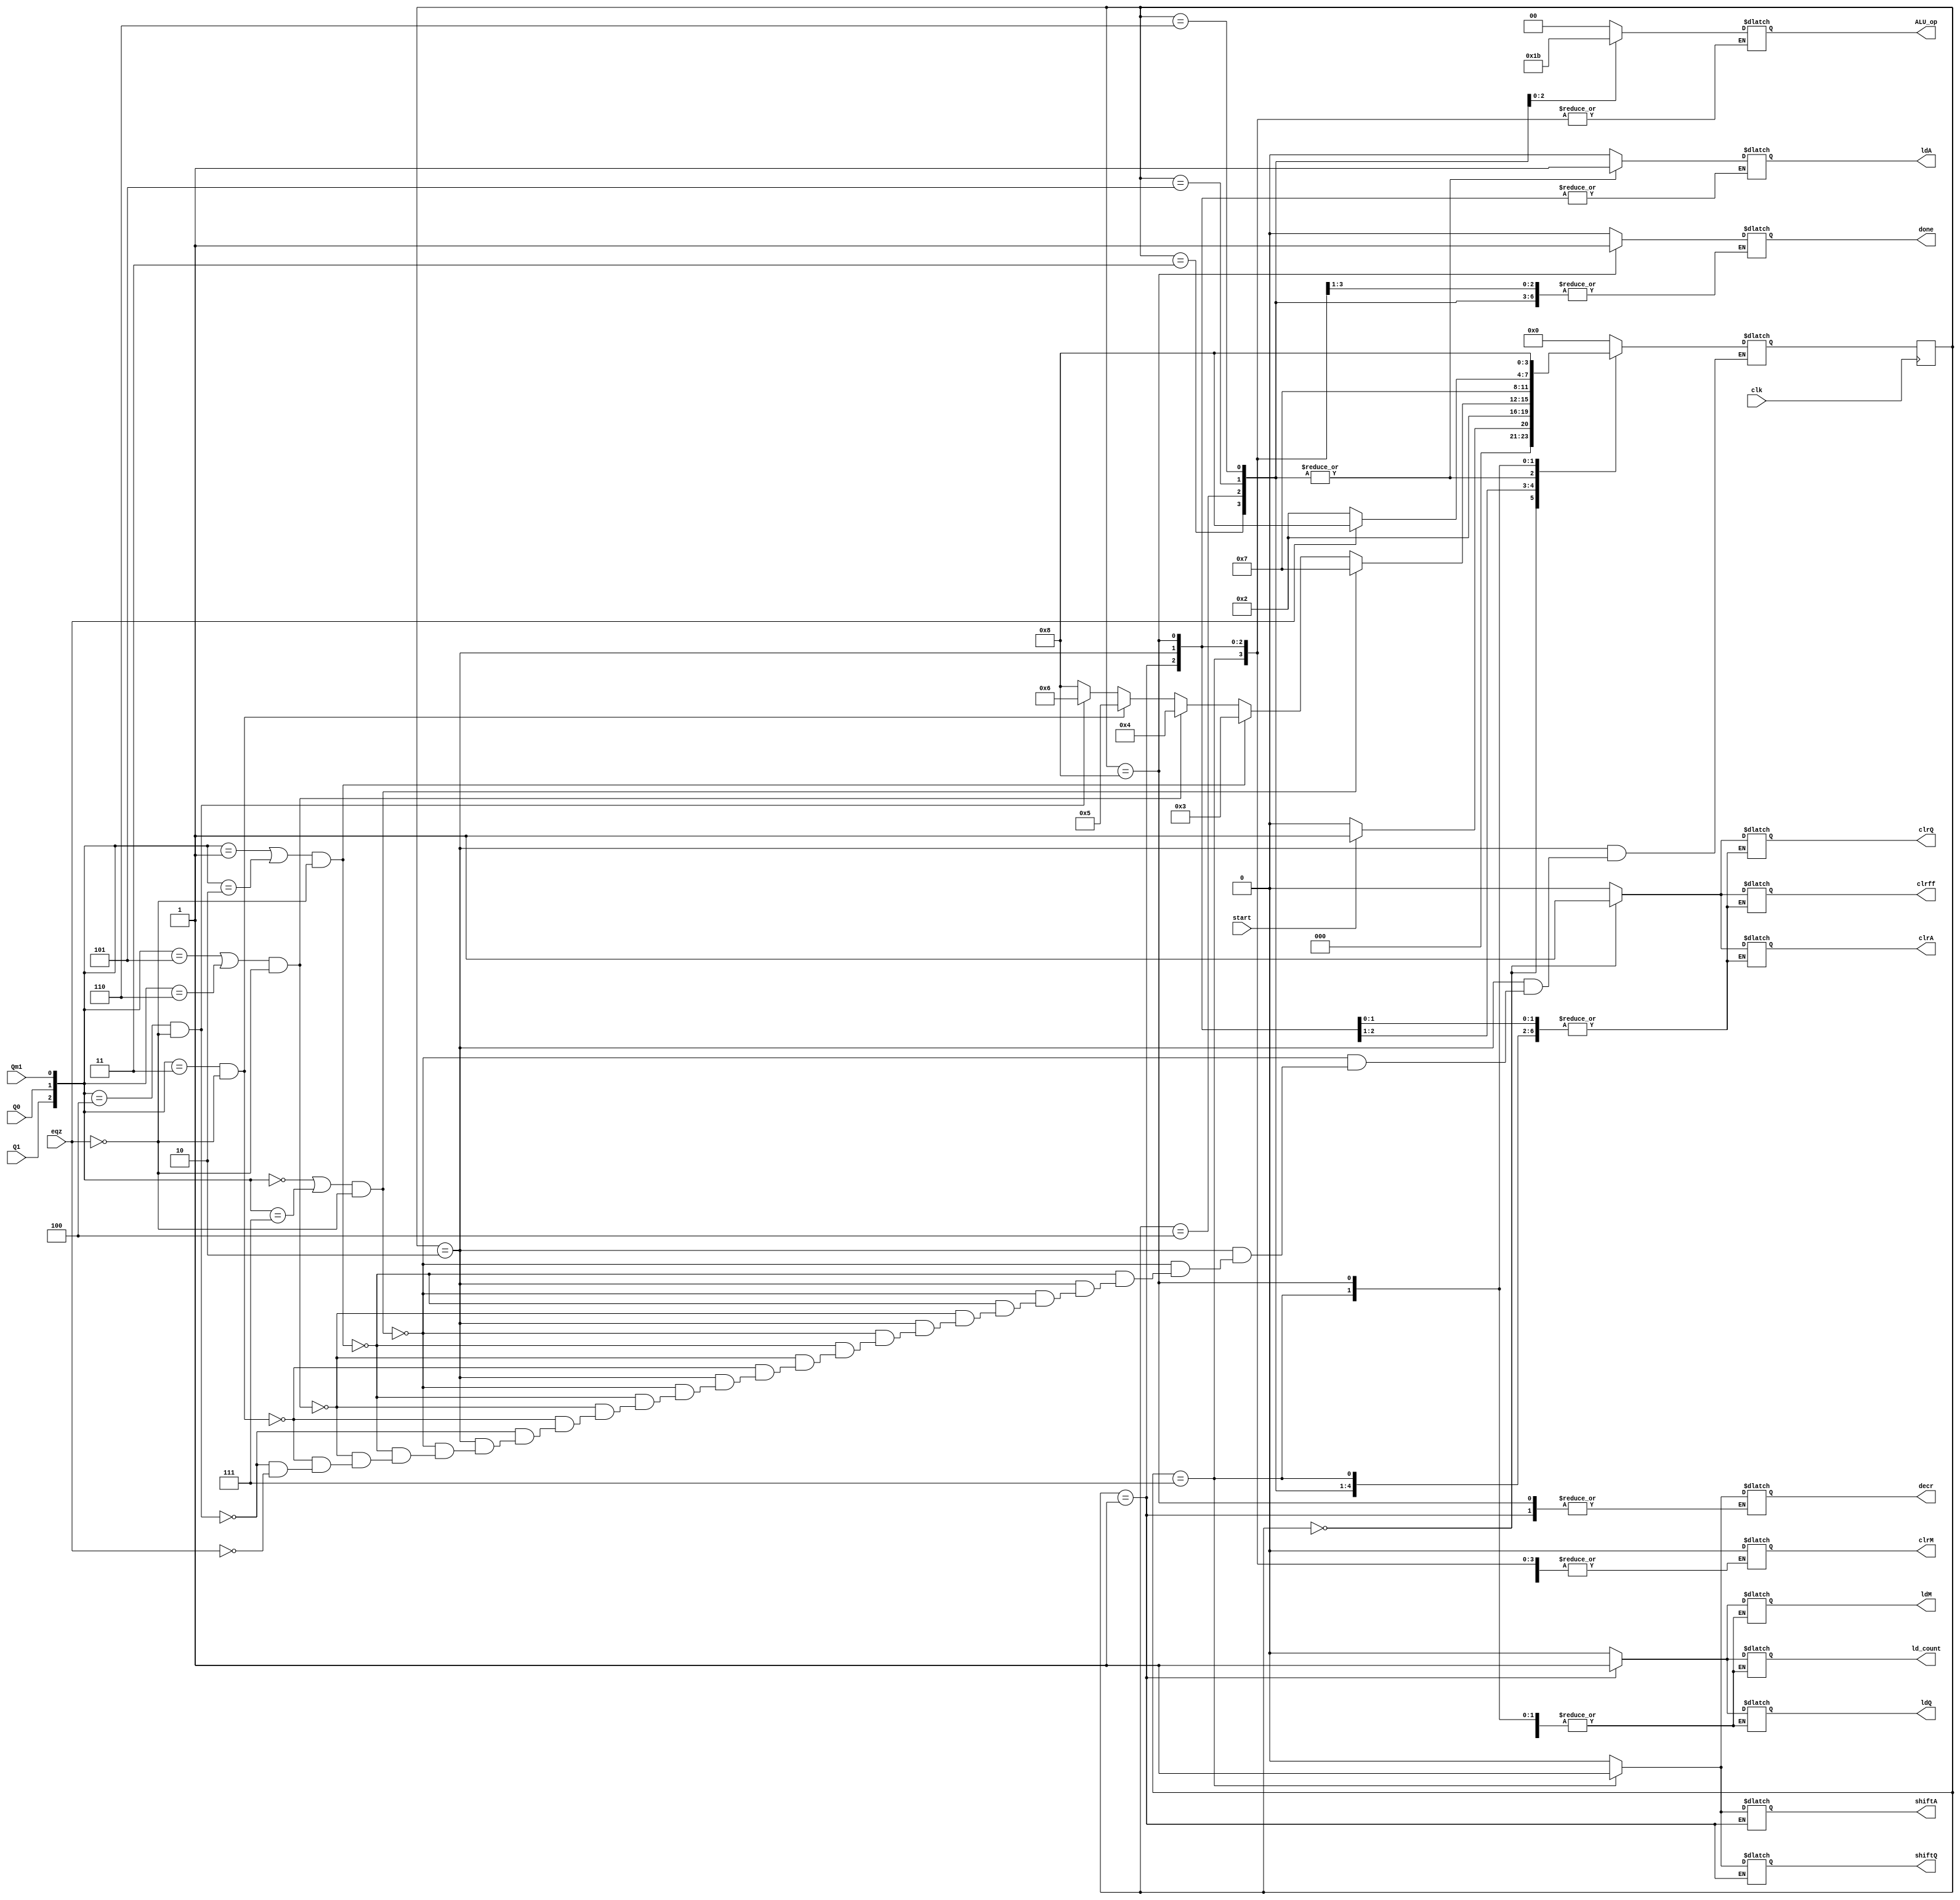
`timescale 1ns / 1ps
//////////////////////////////////////////////////////////////////////////////////
// Company: 
// Engineer: 
// 
// Design Name: 
// Module Name: ControlPath
// Project Name: 
// Target Devices: 
// Tool Versions: 
// Description: 
// 
// Dependencies: 
// 
// Revision:
// Revision 0.01 - File Created
// Additional Comments:
// 
//////////////////////////////////////////////////////////////////////////////////


module ControlPath(ldA,shiftA,clrA,ldQ,shiftQ,clrQ,decr,ld_count,clrff,ldM,clrM,ALU_op,done,clk,start,Q1,Q0,Qm1,eqz);

output reg ldA,shiftA,clrA,ldQ,shiftQ,clrQ,decr,ld_count,clrff,ldM,clrM,done;
output reg [1:0] ALU_op;
input start,clk,Q1,Q0,Qm1,eqz;

parameter IDLE=4'b0000,LOAD=4'b0001,COMP=4'b0010,A1=4'b0011,A2=4'b0100,A3=4'b0101,A4=4'b0110,SHIFT=4'b0111,DONE=4'b1000;
reg [3:0]PS=0,NS;

always @(posedge clk) PS<=NS;

always @(PS) begin
    case(PS)
        IDLE:  begin ldA=0; shiftA=0; clrA=1; ldQ=0; shiftQ=0; clrQ=1; decr=0; ld_count=0; clrff=1; ldM=0; ALU_op=0; clrM=0; done=0; end
        LOAD:  begin ldQ=1; ldM=1; clrA=0; clrQ=0; clrff=0; ld_count=1; end
        COMP:  begin shiftA=0; shiftQ=0; decr=0; ldQ=0; ldM=0; ld_count=0; end
        A1:    begin ALU_op=0; ldA=1; decr=0; shiftA=0; shiftQ=0; end           
        A2:    begin ALU_op=1; ldA=1; decr=0; shiftA=0; shiftQ=0; end           
        A3:    begin ALU_op=2; ldA=1; decr=0; shiftA=0; shiftQ=0; end           
        A4:    begin ALU_op=3; ldA=1; decr=0; shiftA=0; shiftQ=0; end           
        SHIFT: begin shiftA=1; shiftQ=1; ldA=0; decr=1; end 
        DONE:  begin done=1; shiftA=0; shiftQ=0;  end  
        default: begin ldA=0; shiftA=0; clrA=0; ldQ=0; shiftQ=0; clrQ=0; decr=0; ld_count=0; clrff=0; ldM=0; ALU_op=0; clrM=0; done=0;   end              
    endcase
end

always @(PS or Q1 or Q0 or Qm1 or eqz) begin
    case(PS)
        IDLE:  begin 
                  if(start) NS=LOAD;
                  else NS=IDLE;
               end
        LOAD:  begin 
                  NS=COMP;                       
               end
        COMP:  begin 
                  if(({Q1,Q0,Qm1}==3'b000 || {Q1,Q0,Qm1}==3'b111) && !eqz) NS=SHIFT;           
                  else if(({Q1,Q0,Qm1}==3'b001 || {Q1,Q0,Qm1}==3'b010) && !eqz) NS=A1;
                  else if(({Q1,Q0,Qm1}==3'b101 || {Q1,Q0,Qm1}==3'b110) && !eqz) NS=A2;
                  else if(({Q1,Q0,Qm1}==3'b011) && !eqz) NS=A3;
                  else if(({Q1,Q0,Qm1}==3'b100) && !eqz) NS=A4; 
                  else if(eqz) NS=DONE;               
               end
        A1:    begin NS=SHIFT; end           
        A2:    begin NS=SHIFT; end           
        A3:    begin NS=SHIFT; end           
        A4:    begin NS=SHIFT; end           
        SHIFT: begin 
                  if (eqz) NS=DONE;
                  else NS=COMP;
               end 
        DONE:  begin NS=DONE;  end  
        default: begin NS=IDLE;   end              
    endcase    
end

endmodule